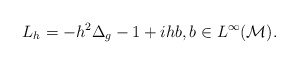
\begin{align*} L_h= - h^2 \Delta_g -1 + i h b, b \in L^\infty(\mathcal{M}). \end{align*}